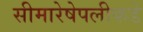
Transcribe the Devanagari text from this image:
सीमारेषेपलीकडे